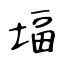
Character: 堛